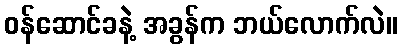
ဝန်ဆောင်ခနဲ့ အခွန်က ဘယ်လောက်လဲ။